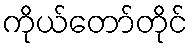
ကိုယ်တော်တိုင်